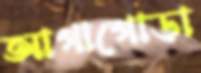
আগাগোড়া